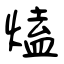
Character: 熆